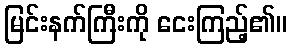
မြင်းနက်ကြီးကို ငေးကြည့်၏။